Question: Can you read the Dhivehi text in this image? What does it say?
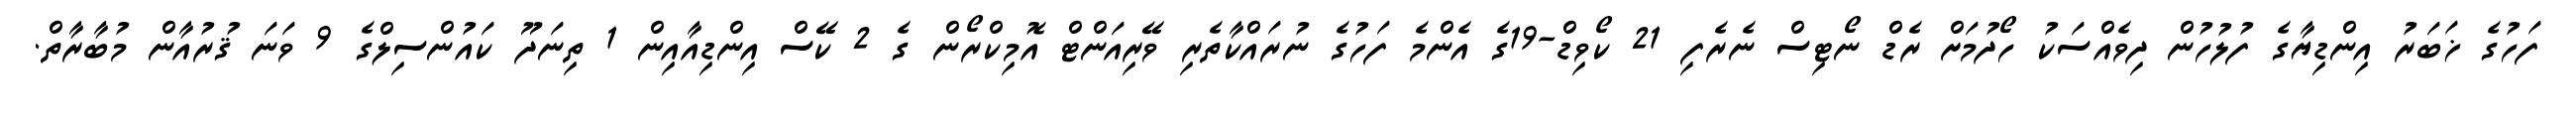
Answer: ފަހުގެ ޚަބަރު އިންޑިޔާގެ ފުލުހުން ދިވެއްސަކު ހޯދުމަށް ރެޑް ނޯޓިސް ނެރެފި 21 ކޯވިޑް-19ގެ އެންމެ ފަހުގެ ނުރައްކާތެރި ވޭރިއަންޓް އޮމިކްރޯން ގެ 2 ކޭސް އިންޑިއާއިން 1 ތިނަދޫ ކައުންސިލްގެ 9 ވަނަ ޤުރުއާން މުބާރާތް.